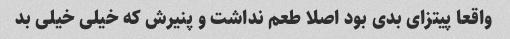
واقعا پیتزای بدی بود اصلا طعم نداشت و پنیرش که خیلی خیلی بد